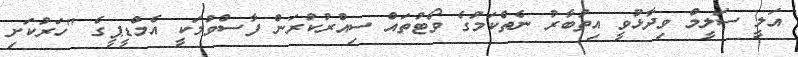
އަލީ ސަލީމް ވިދާޅުވީ އިތުބާރު ނެތްކަމުގެ ވޯޓުތައް ސިއްރުކުރަން ފާސްވުމަކީ އެމްޑީޕީގެ "ހަރުކަށި